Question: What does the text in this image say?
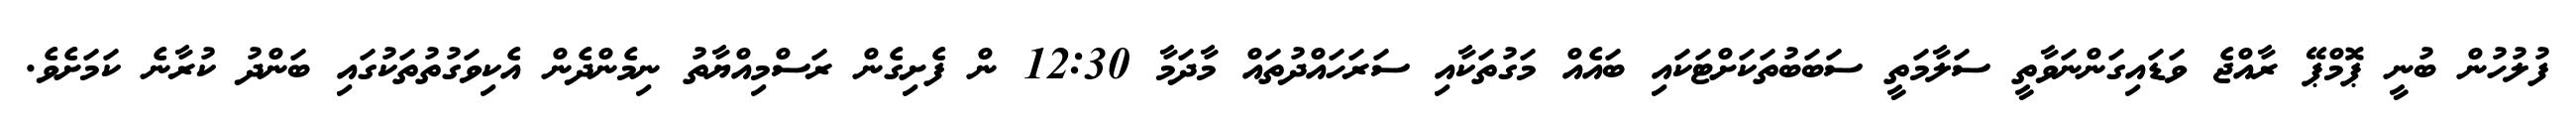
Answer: ފުލުހުން ބުނީ ޕޮމްޕޭ ރާއްޖެ ވަޑައިގަންނަވާތީ ސަލާމަތީ ސަބަބުތަކަށްޓަކައި ބައެއް މަގުތަކާއި ސަރަހައްދުތައް މާދަމާ 12:30 ން ފެށިގެން ރަސްމިއްޔާތު ނިމެންދެން އެކިވަގުތުތަކުގައި ބަންދު ކުރާނެ ކަމަށެވެ.